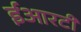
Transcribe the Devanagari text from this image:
ईआरटी